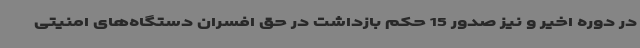
در دوره اخیر و نیز صدور 15 حکم بازداشت در حق افسران دستگاه‌های امنیتی